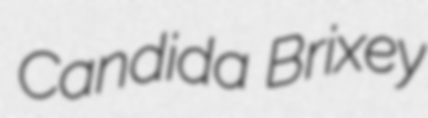
Candida Brixey